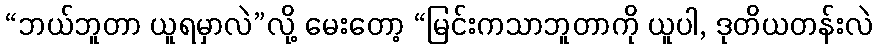
“ဘယ်ဘူတာ ယူရမှာလဲ”လို့ မေးတော့ “မြင်းကသာဘူတာကို ယူပါ, ဒုတိယတန်းလဲ